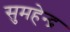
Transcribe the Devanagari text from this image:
सुमहेन्द्र